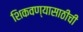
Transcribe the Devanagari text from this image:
शिकवण्यासाठीची